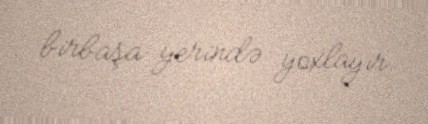
birbaşa yerində yoxlayır.